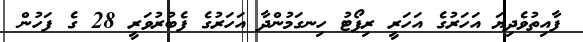
ފާއިތުވެދިޔަ އަހަރުގެ އަހަރީ ރިޕޯޓު ހިނގަމުންދާ އަހަރުގެ ފެބުރުވަރީ 28 ގެ ފަހުން